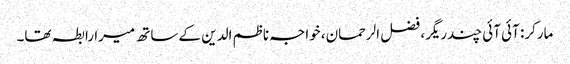
مارکر: آئی آئی چندریگر، فضل الرحمان، خواجہ ناظم الدین کے ساتھ میرا رابطہ تھا۔